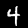
Digit: 4